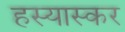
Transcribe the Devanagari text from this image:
हस्यास्कर